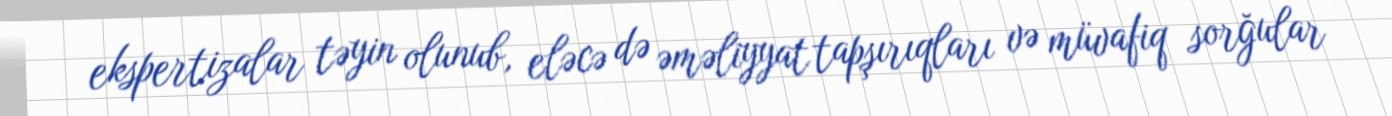
ekspertizalar təyin olunub, eləcə də əməliyyat tapşırıqları və müvafiq sorğular